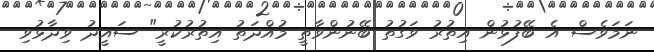
ނަމަވެސް އެ ބޭފުޅުން އިތުރު ވަގުތު ބޭނުންވާތީ މުއްދަތު އިތުރުކުރީ" ސައީދު ވިދާޅުވި